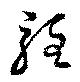
駐